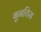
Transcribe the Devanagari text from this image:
बुनयिस